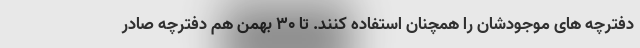
دفترچه های موجودشان را همچنان استفاده کنند. تا ۳۰ بهمن هم دفترچه صادر